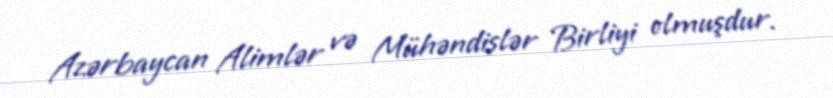
Azərbaycan Alimlər və Mühəndislər Birliyi olmuşdur.